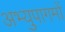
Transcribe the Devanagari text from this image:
अभ्युपागमों